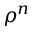
\rho ^ { n }